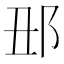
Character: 𨙺